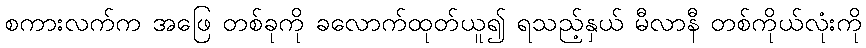
စကားလက်က အဖြေ တစ်ခုကို ခလောက်ထုတ်ယူ၍ ရသည့်နှယ် မီလာနီ တစ်ကိုယ်လုံးကို